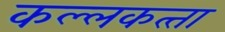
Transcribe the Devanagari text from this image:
कल्‍लकत्‍ता